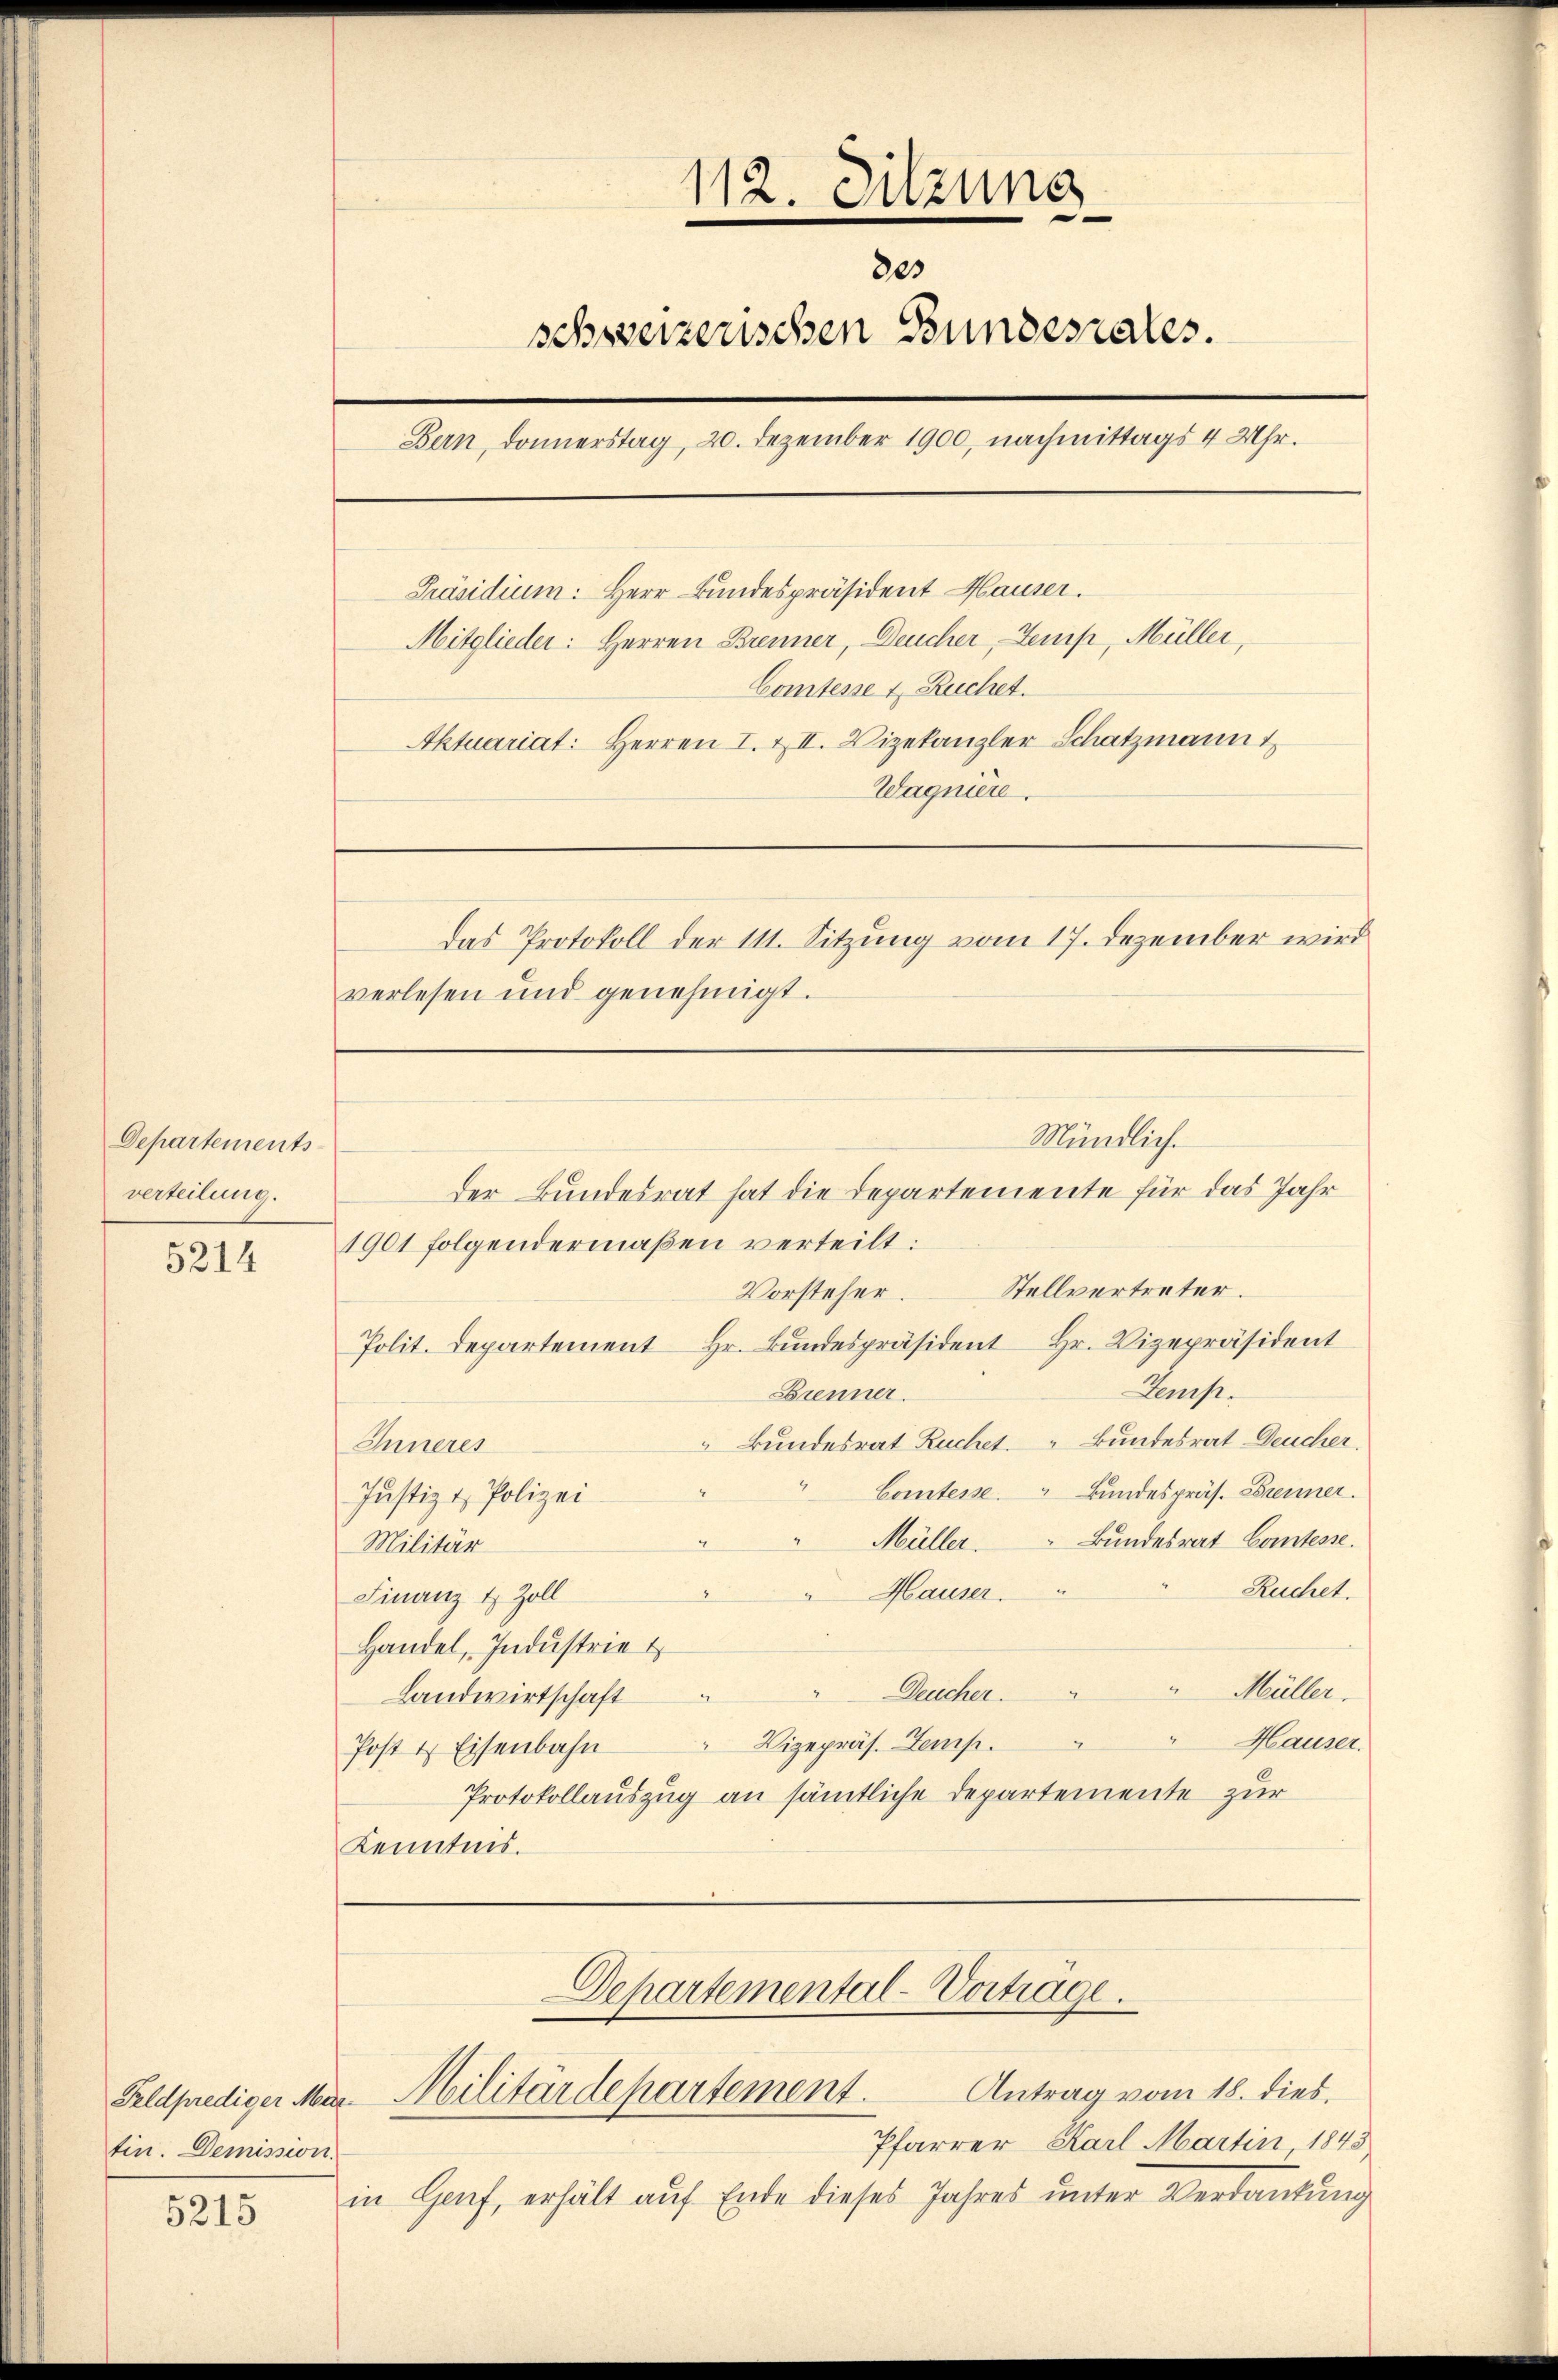
Departements
verteilung.

5214

Feldprediger Martin. Demission.

5215

112. Sitzung
2es
schweizerischen Bundesrates.
Bern, Donnerstag, 20. Dezember 1900, nachmittags 4 Uhr.
Präsidium: Herr Bundespräsident Hauser.
Mitglieder: Herren Brenner, Deucher, Temp, Müller,
Comtesse u. Ruchet.
Aktuariat: Herren I. & II. Vizekanzler Schatzmann t
Wagniere.
Das Protokoll der 111. Sitzung vom 17. Dezember wird
verlesen und genehmigt.

der Bundesrat hat die Departemente für das Jahr
1901 folgendermaßen verteilt:
Vorsteher. Stellvertreter.
Polit. Departement Hr. Bŭndespräsident Hr. Vizepräsident
Temp.
Brenner.
Bundesrat Ruchet. Bundesrat Deucher.
Inneres
Comtesse. Bundespräs. Brenner.
Justiz & Polizei.
Müller.
Bundesrat Contesse.
Militär
Audelt.
Hauser.
Finanz u. Zoll
Handel, Industrie
Müller.
Deucher.
Landwirtschaft
Hauser.
Vizepräs. Temp
2
Post & Eisenbahn
Protokollauszug an sämtliche Departemente zur
Kenntnis.

Pfarrer Karl Martin 1843
in Genf, erhält auf Ende dieses Jahres unter Verdankung

Departemental-Vertrage.
Antrag vom 18. dies
Militärdepartement.

Mündlich.